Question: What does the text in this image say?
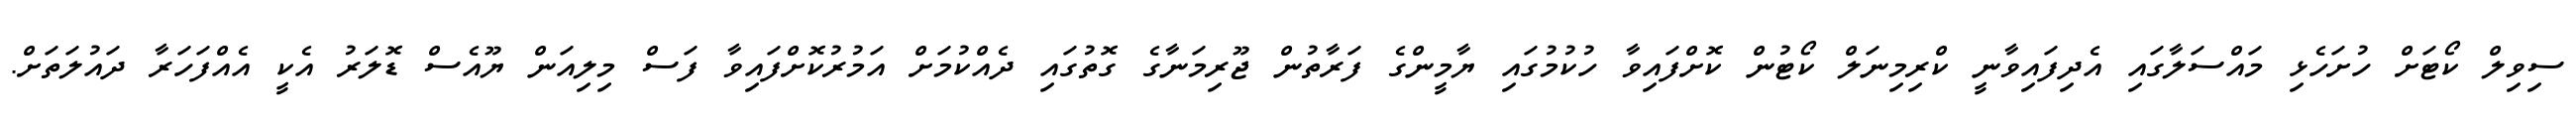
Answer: ސިވިލް ކޯޓަށް ހުށަހެޅި މައްސަލާގައި އެދިފައިވާނީ ކްރިމިނަލް ކޯޓުން ކޮށްފައިވާ ހުކުމުގައި ޔާމީންގެ ފަރާތުން ޖޫރިމަނާގެ ގޮތުގައި ދެއްކުމަށް އަމުރުކޮށްފައިވާ ފަސް މިލިއަން ޔޫއެސް ޑޮލަރު އެކީ އެއްފަހަރާ ދައުލަތަށް.